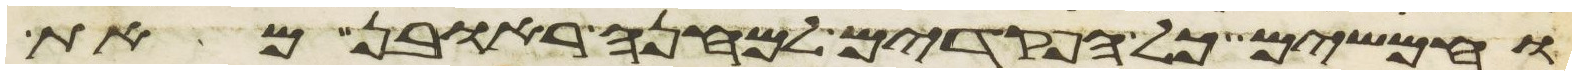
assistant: וחמשים כל הפקדים למחנה ראובן מאת